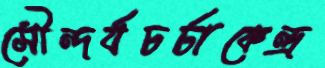
সৌন্দর্যচর্চাকেন্দ্র